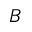
B